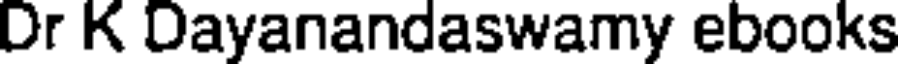
Dr K Dayanandaswamy ebooks